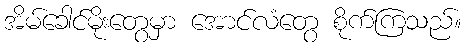
အိမ်ခေါင်မိုးတွေမှာ အောင်လံတွေ စိုက်ကြသည်။